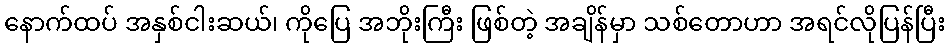
နောက်ထပ် အနှစ်ငါးဆယ်၊ ကိုပြေ အဘိုးကြီး ဖြစ်တဲ့ အချိန်မှာ သစ်တောဟာ အရင်လိုပြန်ပြီး